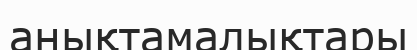
анықтамалықтары